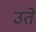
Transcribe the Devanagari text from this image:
उते